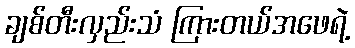
ချစ်တီးလှည်းသံ ကြားတယ်အဖေရဲ့